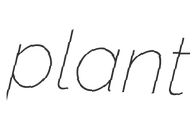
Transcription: plant